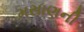
મસાણની